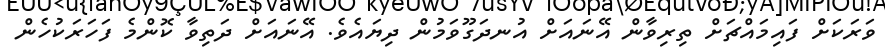
ވަރަކަށް ފައިމައްޗަށް ތިރިވާން އޭނައަށް އުނދަގޫވަމުން ދިޔައެވެ. އޭނައަށް ދަތިވާ ކޮންމެ ފަހަރަކުހެން